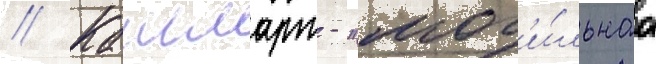
// Кашмарт - "мог'и́льнаа